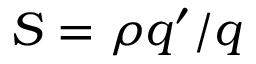
S = \rho q ^ { \prime } / q